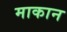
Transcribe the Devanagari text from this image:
माकान